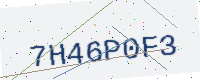
Text: 7H46P0F3